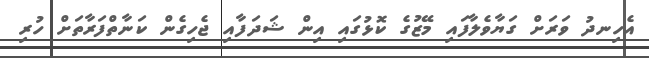
އެހިނދު ވަރަށް ގަޔާވެލާފައި މޭޒުގެ ކޮޅުގައި އިން ޝަދަފާއި ޖެހިގެން ކަނާތްފަރާތަށް ހުރި